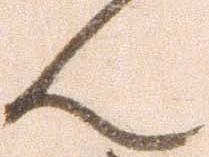
ん